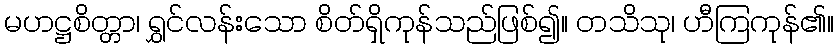
မဟဋ္ဌစိတ္တာ၊ ရွှင်လန်းသော စိတ်ရှိကုန်သည်ဖြစ်၍။ တသိသု၊ ဟီကြကုန်၏။